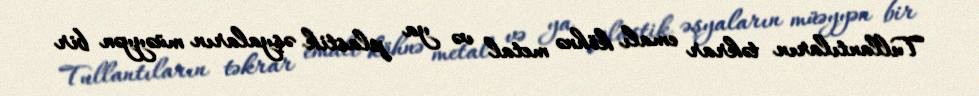
Tullantıların təkrar emalı köhnə metal və ya plastik əşyaların müəyyən bir